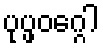
ပုပ္ဖဝဂ္ဂေါ